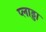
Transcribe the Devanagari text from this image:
प्लाड्डा